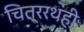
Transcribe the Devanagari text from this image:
चित्ररथही